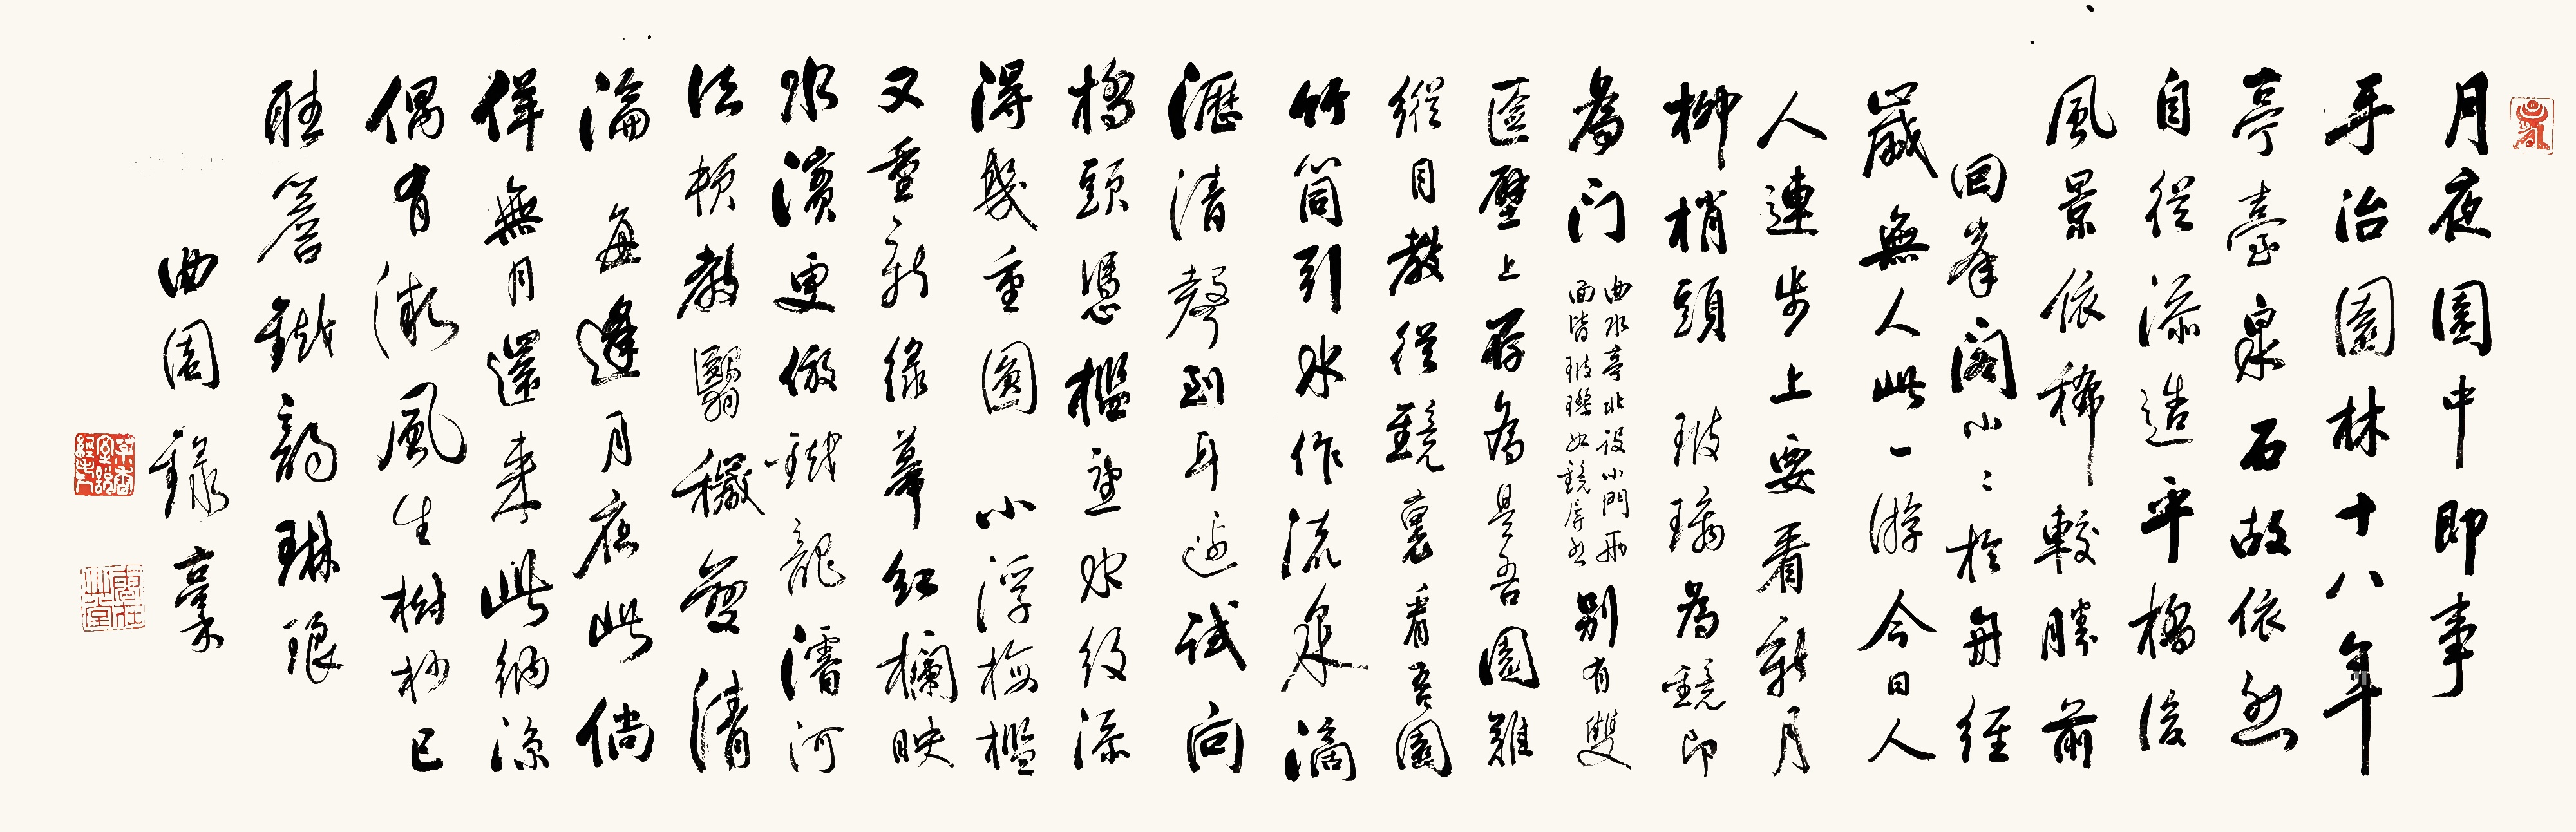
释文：月夜园中即事。手冶园林十八年，亭台泉石故依然，自从添造平桥后，风景依稀较胜前。回峰阁小小于舟，经岁无人此一游。今日人人连步上，要看新月柳梢头。玻璃为镜即为门，（曲水亭北，设小门两面皆玻璃，如镜屏然）别有双莶壁上存。为是吾园难纵目，教从镜里看吾园。竹筒引水作流泉，滴沥清声到耳边。试向桥头凭槛望，水纹添得几重圆。小浮梅槛又重新，绿幕红栏映水滨。更仿铁龙浚河法，顿教翳秽变清沦。每逢月夜此倘徉，无月还来此纳凉。偶有微风生树杪，已听檐铁韵琳琅。曲园录稿。